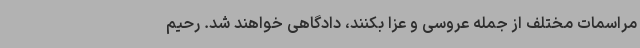
مراسمات مختلف از جمله عروسی و عزا بکنند، دادگاهی خواهند شد. رحیم